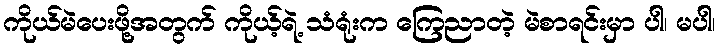
ကိုယ်မဲပေးဖို့အတွက် ကိုယ့်ရဲ့ သံရုံးက ကြေညာတဲ့ မဲစာရင်းမှာ ပါ၊ မပါ၊